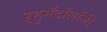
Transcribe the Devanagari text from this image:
ऱ्हुमॅटॉलॉजी